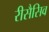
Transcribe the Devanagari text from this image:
रीसैसिव